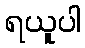
ရယူပါ